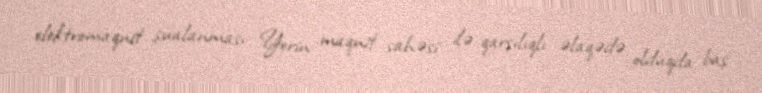
elektromaqnit şüalanması Yerin maqnit sahəsi ilə qarşılıqlı əlaqədə olduqda baş